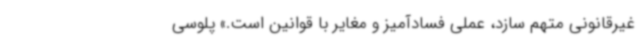
غیرقانونی متهم سازد، عملی فسادآمیز و مغایر با قوانین است.» پلوسی